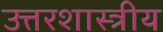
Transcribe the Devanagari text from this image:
उत्तरशास्त्रीय